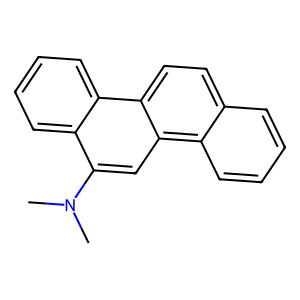
SMILES: CN(C)c1cc2c3ccccc3ccc2c2ccccc12
Inhibits HIV replication: No